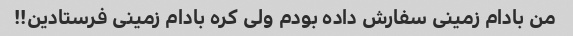
من بادام زمینی سفارش داده بودم ولی کره بادام زمینی فرستادین!!